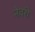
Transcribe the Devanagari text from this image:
नेवरी